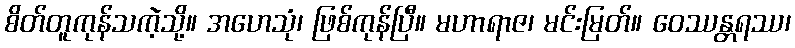
စိတ်တူကုန်သကဲ့သို့။ အဟေသုံ၊ ဖြစ်ကုန်ပြီ။ မဟာရာဇ၊ မင်းမြတ်။ ဝေဿန္တရဿ၊